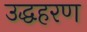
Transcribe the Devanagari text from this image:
उद्धहरण